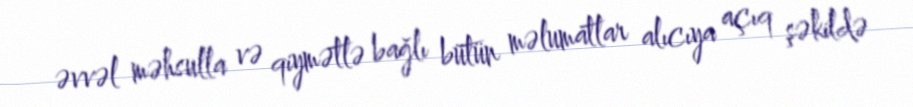
əvvəl məhsulla və qiymətlə bağlı bütün məlumatlar alıcıya açıq şəkildə